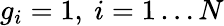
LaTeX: g_{i}=1,\ i=1\dots N